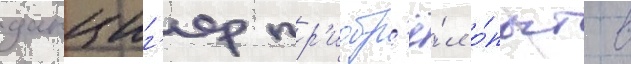
данциг'ер пр'иобр'ё́л о́пыт в